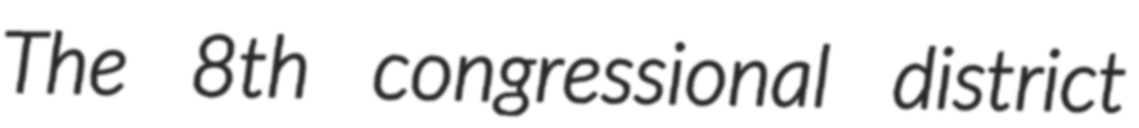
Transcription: The 8th congressional district